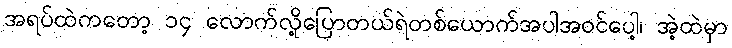
အရပ်ထဲကတော့ ၁၄ လောက်လို့ပြောတယ်ရဲတစ်ယောက်အပါအဝင်ပေါ့၊ အဲ့ထဲမှာ